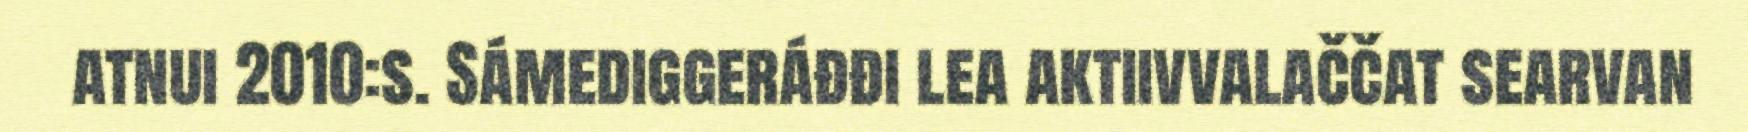
atnui 2010:s. Sámediggeráđđi lea aktiivvalaččat searvan